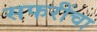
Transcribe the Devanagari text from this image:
सफरींचा